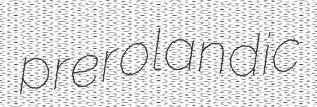
prerolandic